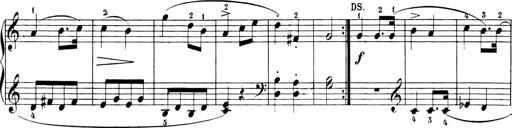
Title: Sonatinen Op.47, 98 und 136, nebst 6 Liedersonatinen
Composer: Carl Reinecke